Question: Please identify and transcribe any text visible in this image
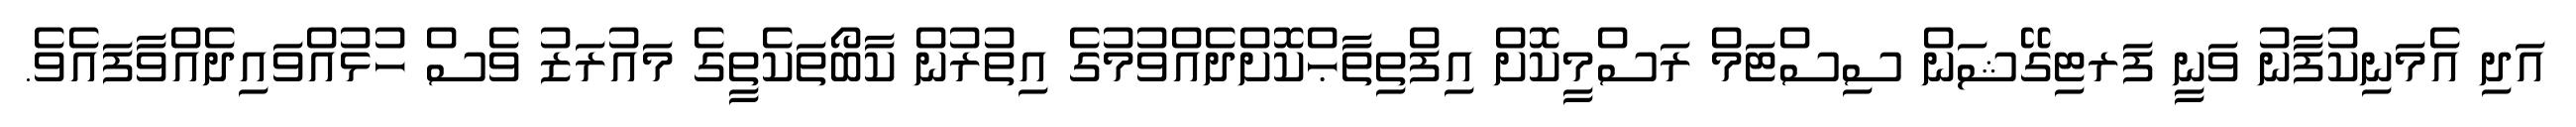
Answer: އަދި އެމަނިކުފާނު ވަނީ ފަރޓިގޭޝަން ސިސްޓަމް ރަސްމީކޮށް އިފްތިތާޙްކޮށްދެއްވުމުގެ އިތުރުން ކާބޯތަކެތީގެ މައުރަޒު ވެސް ހުޅުއްވައިދެއްވާފައެވެ.